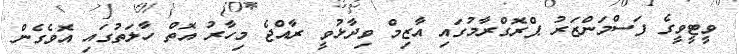
ވީޓީވީގެ ފަސްމަންޒަރު ޕްރޮގްރާމުގައި އާޒިމް ވިދާޅުވީ ރާއްޖެ މިހާރު އޮތް ހާލަތުގައި އޮވެގެން